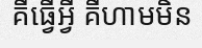
គឺធ្វើអ្វី គឺហាមមិន